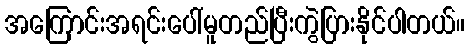
အကြောင်းအရင်းပေါ်မူတည်ပြီးကွဲပြားနိုင်ပါတယ်။